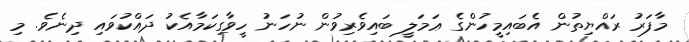
މާފަރު ރައްޔިތުން އެބައިމީހުންގެ ޢަމަލީ ބައިވެރިވުން ނުހަނު ހީވާގިކަމާއެކު ދައްކުވައި ދިނެވެ. މި